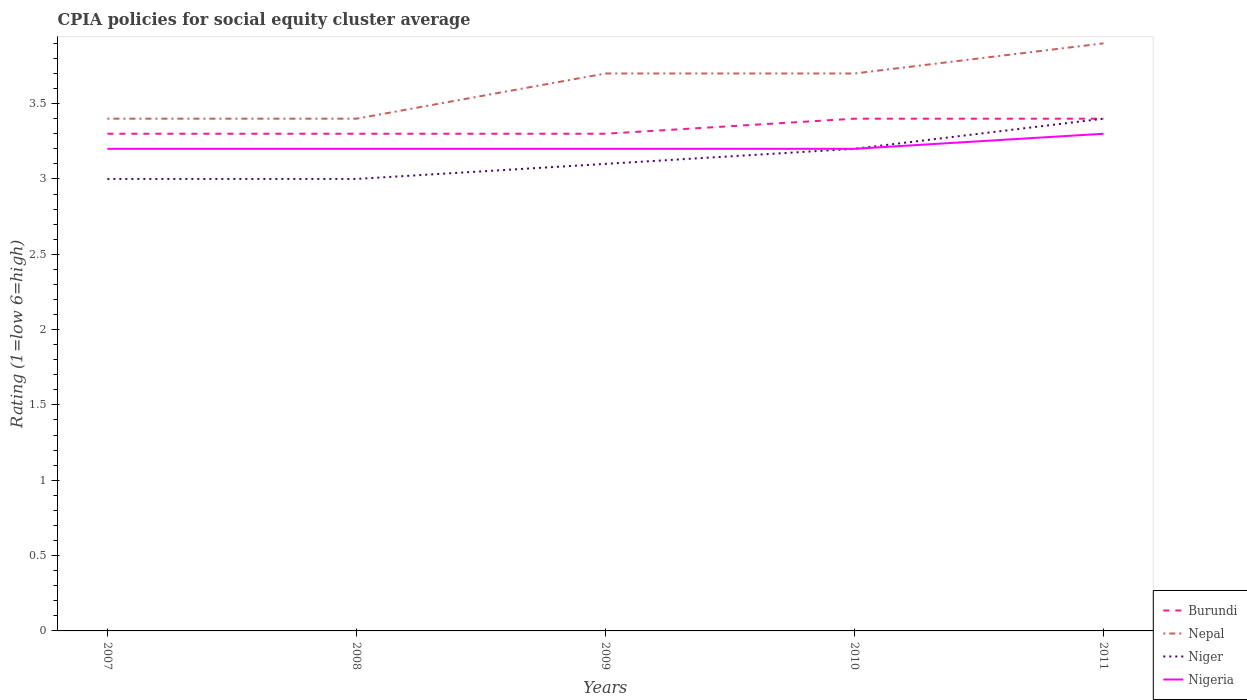
| Years | Burundi | Nepal | Niger | Nigeria |
 | --- | --- | --- | --- | --- |
 | 2007 | 3.3 | 3.4 | 3 | 3.2 |
 | 2008 | 3.3 | 3.4 | 3 | 3.2 |
 | 2009 | 3.3 | 3.7 | 3.1 | 3.2 |
 | 2010 | 3.4 | 3.7 | 3.2 | 3.2 |
 | 2011 | 3.4 | 3.9 | 3.4 | 3.3 |